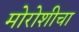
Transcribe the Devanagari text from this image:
मोरोशीचा